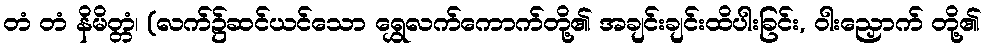
တံ တံ နိမိတ္တံ၊ (လက်၌ဆင်ယင်သော ရွှေလက်ကောက်တို့၏ အချင်းချင်းထိပါးခြင်း, ဝါးညှောက် တို့၏